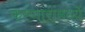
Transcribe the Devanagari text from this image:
करणारांमध्यें